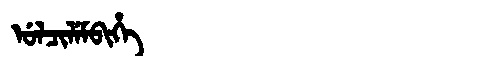
Manchu: ᡠᠯᠴᡳᠯᡝᠮᠪᡳᡥᡝ
Romanization: ULCILEMBIHE